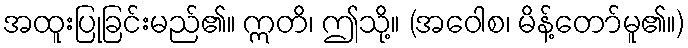
အထူးပြုခြင်းမည်၏။ ဣတိ၊ ဤသို့။ (အဝေါစ၊ မိန့်တော်မူ၏။)